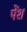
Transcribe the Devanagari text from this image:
पेंश